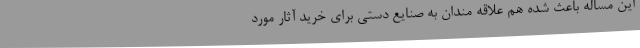
این مساله باعث شده هم علاقه مندان به صنایع دستی برای خرید آثار مورد